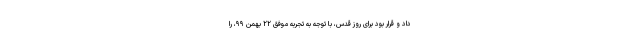
داد و قرار بود برای روز قدس، با توجه به تجربه موفق ۲۲ بهمن ۹۹، را